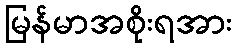
မြန်မာအစိုးရအား